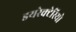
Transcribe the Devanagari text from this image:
डयरेक्टेरियो